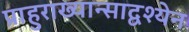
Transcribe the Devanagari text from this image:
प्राहुराख्यान्साद्वश्येन